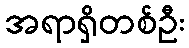
အရာရှိတစ်ဦး